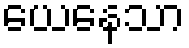
ယေနေသာ